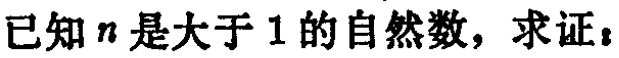
已知 \(n\) 是大于 \(1\) 的自然数，求证：